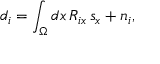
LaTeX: d _ { i } = \int _ { \Omega } d x \, R _ { i x } \, s _ { x } + n _ { i } ,